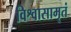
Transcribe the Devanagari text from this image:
विश्वासामृतं